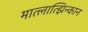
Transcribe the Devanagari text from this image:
मात्लात्झिन्कान